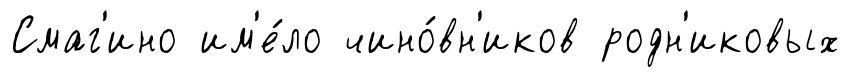
Смаг'ино им'е́ло чино́вн'иков родн'иковых